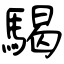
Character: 騔